Civil Veterinary Department. Madras. Admin. report 1926-33 - 1926-1933
Year: 1926
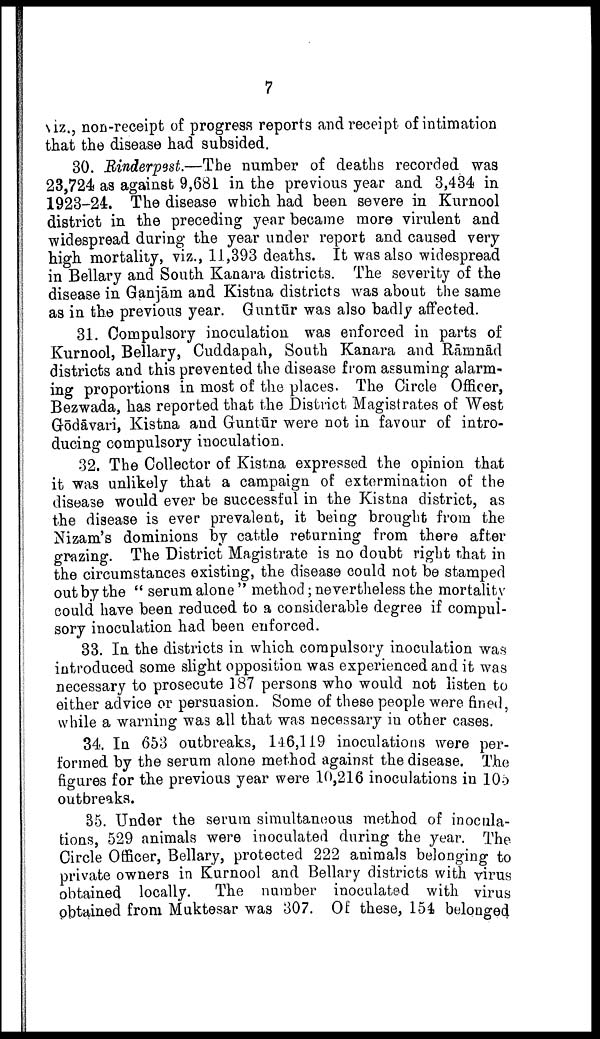
7
viz., non-receipt of progress reports and receipt of intimation
that the disease had subsided.
30. Rinderpest.—The number of deaths recorded was
23,724 as against 9,681 in the previous year and 3,434 in
1923-24. The disease which had been severe in Kurnool
district in the preceding year became more virulent and
widespread during the year under report and caused very
high mortality, viz., 11,393 deaths. It was also widespread
in Bellary and South Kanara districts. The severity of the
disease in Ganjām and Kistna districts was about the same
as in the previous year. Guntūr was also badly affected.
31. Compulsory inoculation was enforced in parts of
Kurnool, Bellary, Cuddapah, South Kanara and Rāmnād
districts and this prevented the disease from assuming alarm
ing proportions in most of the places. The Circle Officer,
Bezwada, has reported that the District Magistrates of West
Gōdāvari, Kistna and Guntūr were not in favour of intro
ducing compulsory inoculation.
32. The Collector of Kistna expressed the opinion that
it was unlikely that a campaign of extermination of the
disease would ever be successful in the Kistna district, as
the disease is ever prevalent, it being brought from the
Nizam's dominions by cattle returning from there after
grazing. The District Magistrate is no doubt right that in
the circumstances existing, the disease could not be stamped
out by the " serum alone " method; nevertheless the mortality
could have been reduced to a considerable degree if compul
sory inoculation had been enforced.
33. In the districts in which compulsory inoculation was
introduced some slight opposition was experienced and it was
necessary to prosecute 187 persons who would not listen to
either advice or persuasion. Some of these people were fined,
while a warning wa3 all that was necessary in other cases.
34. In 653 outbreaks, 146,119 inoculations were per
formed by the serum alone method against the disease. The
figures for the previous year were 10,216 inoculations in 105
outbreaks.
85. Under the serum simultaneous method of inocula
tions, 529 animals were inoculated during the year. The
Circle Officer, Bellary, protected 222 animals belonging to
private owners in Kurnool and Bellary districts with virus
obtained locally. The number inoculated with virus
obtained from Muktesar was 307. Of these, 154 belonged